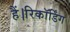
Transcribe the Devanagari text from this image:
हैं।रिकॉर्डिंग